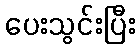
ပေးသွင်းပြီး